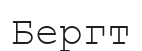
Бергт